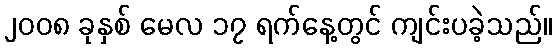
၂၀၀၈ ခုနှစ် မေလ ၁၇ ရက်နေ့တွင် ကျင်းပခဲ့သည်။